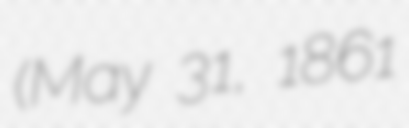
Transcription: (May 31, 1861